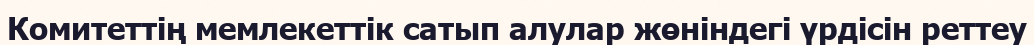
Комитеттің мемлекеттік сатып алулар жөніндегі үрдісін реттеу